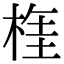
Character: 𣔫